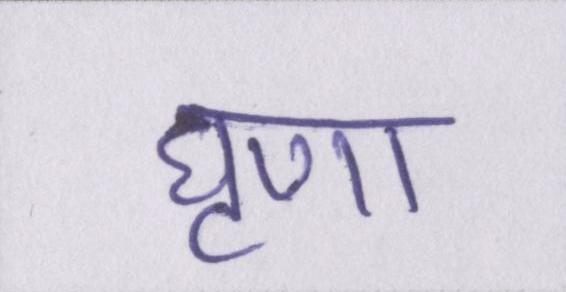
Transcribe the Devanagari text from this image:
घृणा